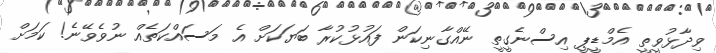
ވިދާޅުވީތީ އެމްޑީޕީ އިސްނެގީތީ ނޭއްގާނިކަން ފައުޅުކުރާ ބަޔަކަށް އެ މަސައްކަތެއް ނުވެވޭނެ! ކަމަށް